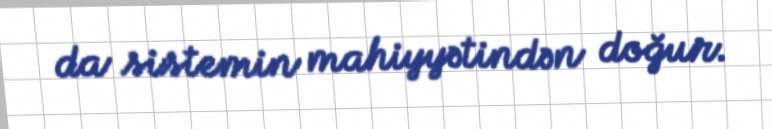
da sistemin mahiyyətindən doğur.